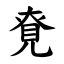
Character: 䙽